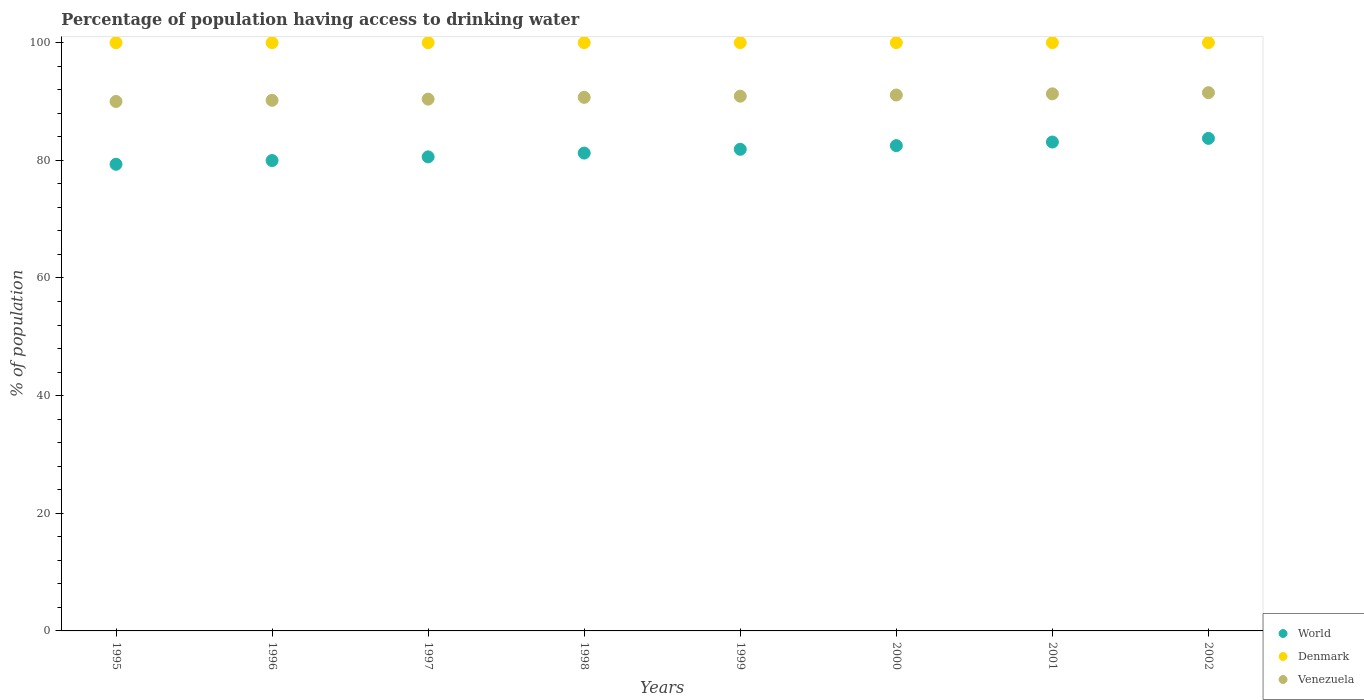
| Years | World | Denmark | Venezuela |
 | --- | --- | --- | --- |
 | 1995 | 79.3 | 100 | 90 |
 | 1996 | 80 | 100 | 90.2 |
 | 1997 | 80.6 | 100 | 90.4 |
 | 1998 | 81.2 | 100 | 90.7 |
 | 1999 | 81.9 | 100 | 90.9 |
 | 2000 | 82.5 | 100 | 91.1 |
 | 2001 | 83.1 | 100 | 91.3 |
 | 2002 | 83.7 | 100 | 91.5 |